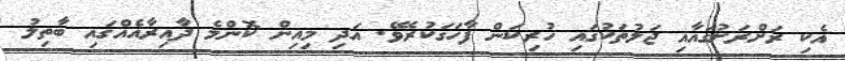
އެކި ރަށްރަށުގައާއި ޖަލުތަކުގައި ހުރިކަން ފާހަގަކުރެވޭ. އަދި މިއިން ކޮންމެ ދާއިރާއެއްގައި ބާތިލު